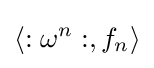
\left\langle {:\omega ^{n}:},f_{n}\right\rangle